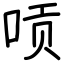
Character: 唝